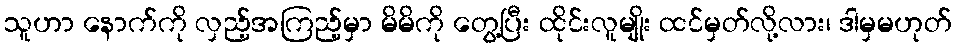
သူဟာ နောက်ကို လှည့်အကြည့်မှာ မိမိကို တွေ့ပြီး ထိုင်းလူမျိုး ထင်မှတ်လို့လား၊ ဒါမှမဟုတ်